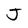
Character: J